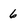
Character: 6